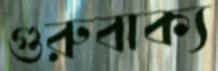
গুরুবাক্য